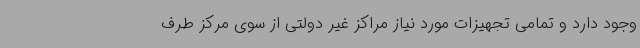
وجود دارد و تمامی تجهیزات مورد نیاز مراکز غیر دولتی از سوی مرکز طرف